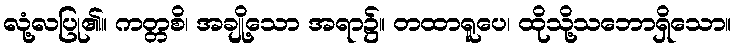
လုံ့လပြု၏။ ကတ္တစိ၊ အချို့သော အရာ၌။ တထာရူပေ၊ ထိုသို့သဘောရှိသော။